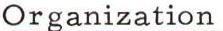
Organization